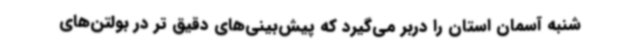
شنبه آسمان استان را دربر می‌گیرد که پیش‌بینی‌های دقیق تر در بولتن‌های